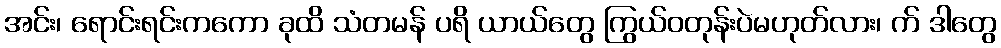
အင်း၊ ရောင်းရင်းကကော ခုထိ သံတမန် ပရိ ယာယ်တွေ ကြွယ်ဝတုန်းပဲမဟုတ်လား၊ က် ဒါတွေ